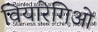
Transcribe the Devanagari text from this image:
वियारेगिओ